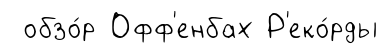
обзо́р Офф'енбах Р'еко́рды